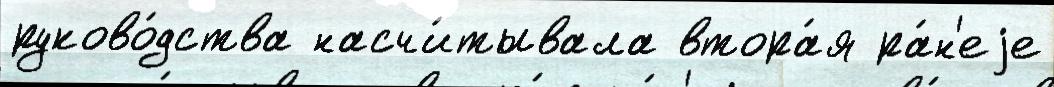
руково́дства насчи́тывала втора́я ра́н'еjе